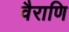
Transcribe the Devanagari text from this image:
वैराणि